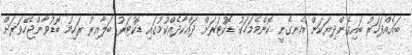
ބައެއްފަހަރު ބައިގެންދިޔަކަން އެނގެނީ ކޮންމެމަހަކު ޑޮކުޓަރަށް ދައްކާދެއްކުމުގައި ޑޮކުޓަރު ބަލާއިރު ރަހިމު ބޮޑުވާންޖެހޭވަރަށް